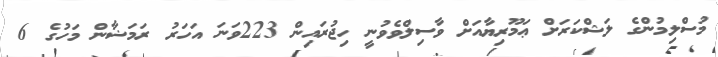
މުސްލިމުންގެ ލަޝްކަރަށް ޢަމޫރިޔާއަށް ވާސިލްވެވުނީ ހިޖުރައިން 223ވަނަ އަހަރު ރަމަޟާން މަހުގެ 6